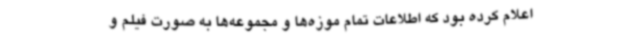
اعلام کرده بود که اطلاعات تمام موزه‌ها و مجموعه‌ها به صورت فیلم و